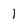
Character: l